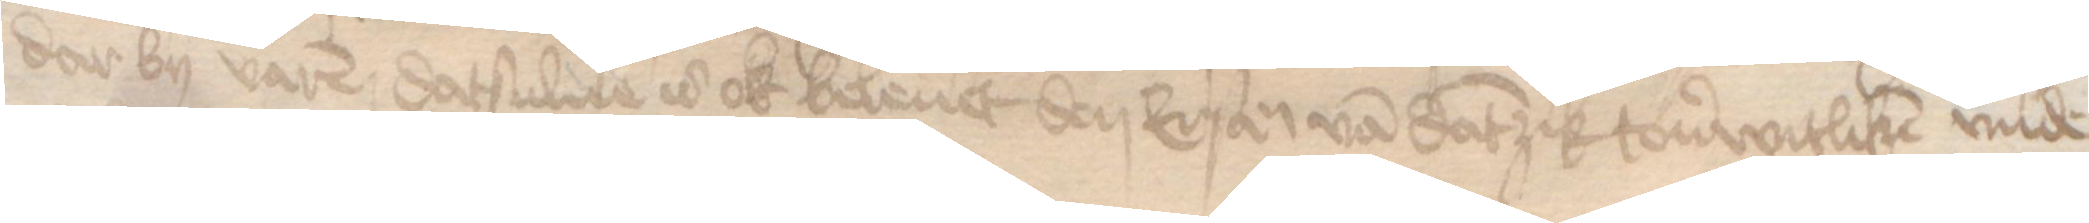
dar by varen datsulue is ok beleuet den Ersamen van Dantzik touerwitliken vnde